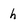
Character: h